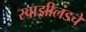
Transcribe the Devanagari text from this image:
स्वाझीलंडचे